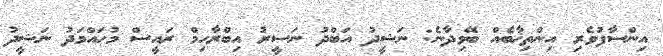
އިންސާފުވެރި އިންތިޚާބެއް ބޭވިދާނެ: ނަޝީދު އަބްދު ނަސީރު އިބްރާހިމް ރައީސް މުހައްމަދު ނަޝީދު